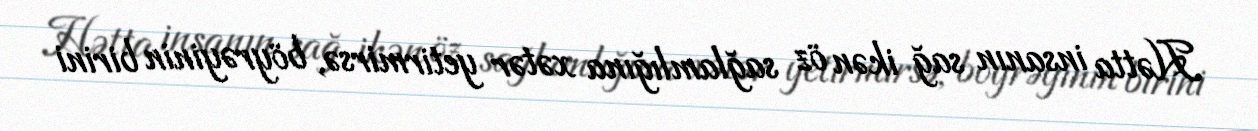
Hətta insanın sağ ikən öz sağlamlığına xətər yetirmirsə, böyrəyinin birini